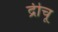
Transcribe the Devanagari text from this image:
द्रीचू